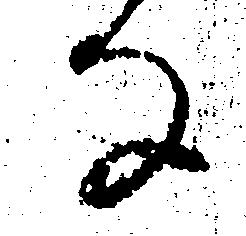
な